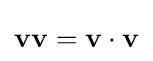
\mathbf {v} \mathbf {v} =\mathbf {v} \cdot \mathbf {v}